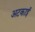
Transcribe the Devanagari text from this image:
अटकाई